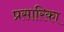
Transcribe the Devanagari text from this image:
प्रसारिका